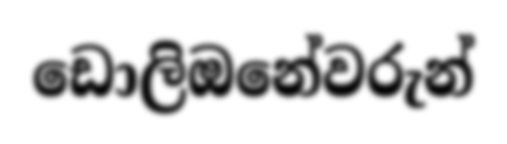
ඩොලිඔනේවරුන්